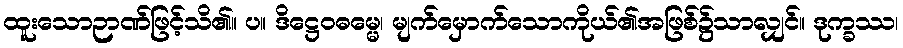
ထူးသောဉာဏ်ဖြင့်သိ၏။ ပ။ ဒိဋ္ဌေဝဓမ္မေ၊ မျက်မှောက်သောကိုယ်၏အဖြစ်၌သာလျှင်။ ဒုက္ခဿ၊